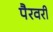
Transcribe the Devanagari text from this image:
पैरवरी